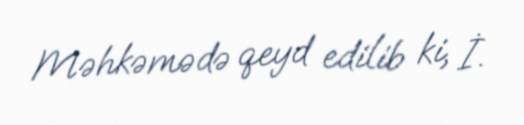
Məhkəmədə qeyd edilib ki, İ.